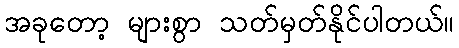
အခုတော့ များစွာ သတ်မှတ်နိုင်ပါတယ်။